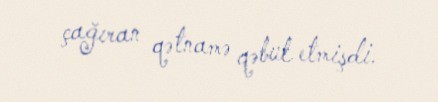
çağıran qətnamə qəbul etmişdi.